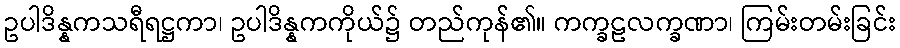
ဥပါဒိန္နကသရီရဋ္ဌကာ၊ ဥပါဒိန္နကကိုယ်၌ တည်ကုန်၏။ ကက္ခဠလက္ခဏာ၊ ကြမ်းတမ်းခြင်း